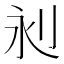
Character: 𣲈